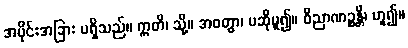
အပိုင်းအခြား မရှိသည်။ ဣတိ၊ သို့။ အဝတွာ၊ မဆိုမူ၍။ ဝိညာဏဉ္စန္တိ၊ ဟူ၍။